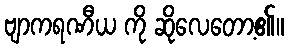
ဗျာကရဏီယ ကို ဆိုလေတော့၏။